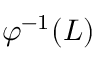
\varphi ^ { - 1 } ( L )